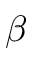
\beta